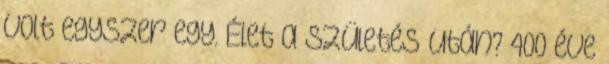
Volt egyszer egy. Élet a születés után? 400 éve